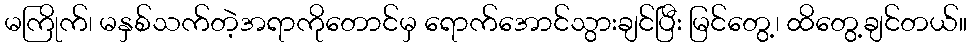
မကြိုက်၊ မနှစ်သက်တဲ့အရာကိုတောင်မှ ရောက်အောင်သွားချင်ပြီး မြင်တွေ့၊ ထိတွေ့ချင်တယ်။